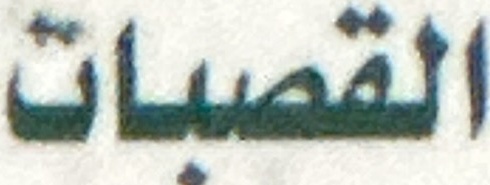
القصبات